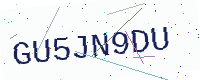
Text: GU5JN9DU